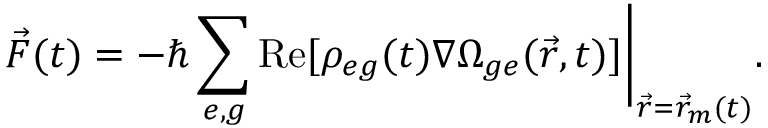
\vec { F } ( t ) = - \hbar \sum _ { e , g } \mathrm { R e } [ \rho _ { e g } ( t ) \nabla \Omega _ { g e } ( \vec { r } , t ) ] \Bigg \rvert _ { \vec { r } = \vec { r } _ { m } ( t ) } .